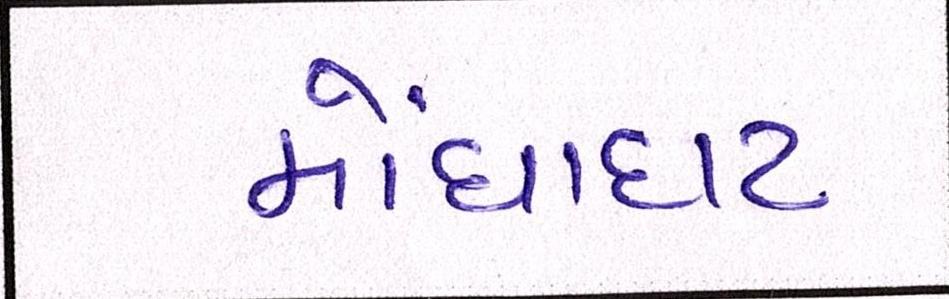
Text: મોંઘાદાટ